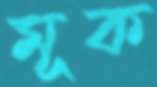
মূক